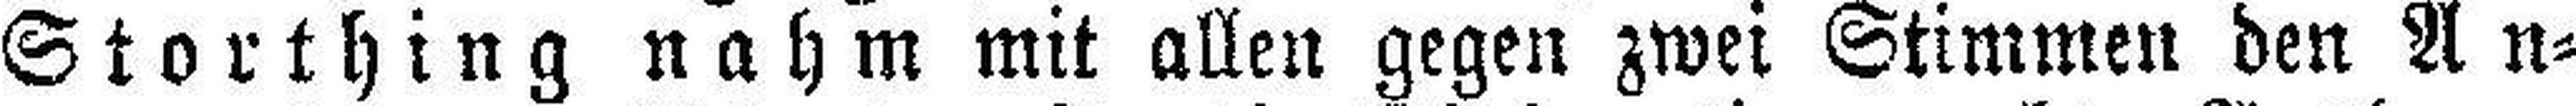
Storthing nahm mit allen gegen zwei Stimmen den An¬